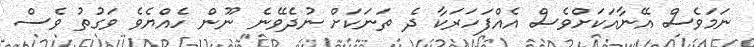
ނަމަވެސް އޭނާއަކަށްވެސް އެއްފަހަރަކާ ދެ ތަނަކަށް ނުދެވޭނެ ނޫން ހެއްޔެވެ ވަގުތު ވެސް